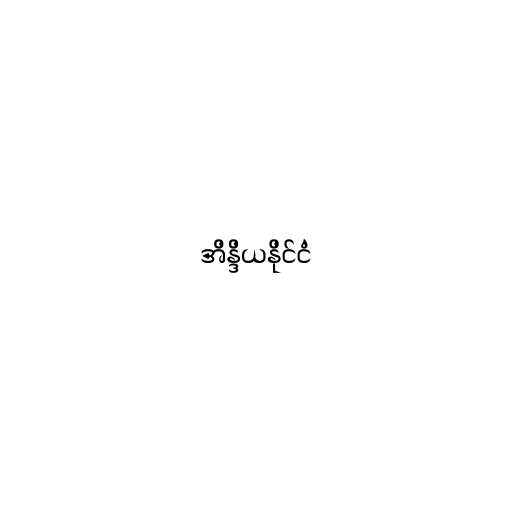
အိန္ဒိယနိုင်ငံ